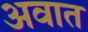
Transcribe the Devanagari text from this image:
अवात